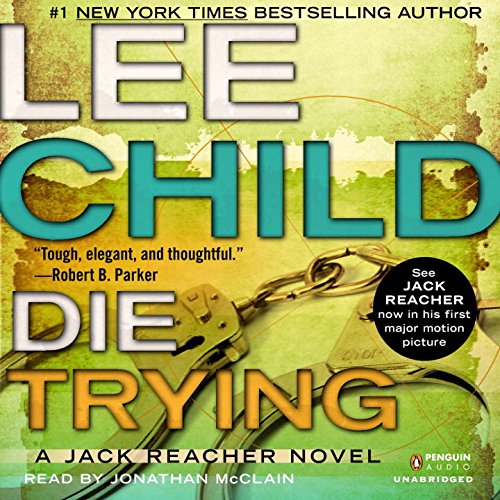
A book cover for Die Trying: A Jack Reacher Novel; Lee Child; Mystery, Thriller & Suspense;